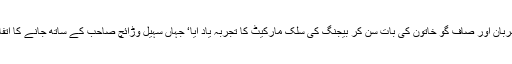
اس مہربان اور صاف گو خاتون کی بات سن کر بیجنگ کی سلک مارکیٹ کا تجربہ یاد آیا‘ جہاں سہیل وڑائچ صاحب کے ساتھ جانے کا اتفاق ہوا۔